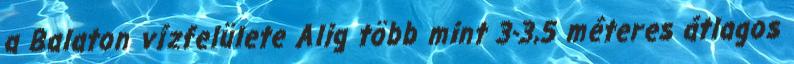
a Balaton vízfelülete Alig több mint 3-3,5 méteres átlagos